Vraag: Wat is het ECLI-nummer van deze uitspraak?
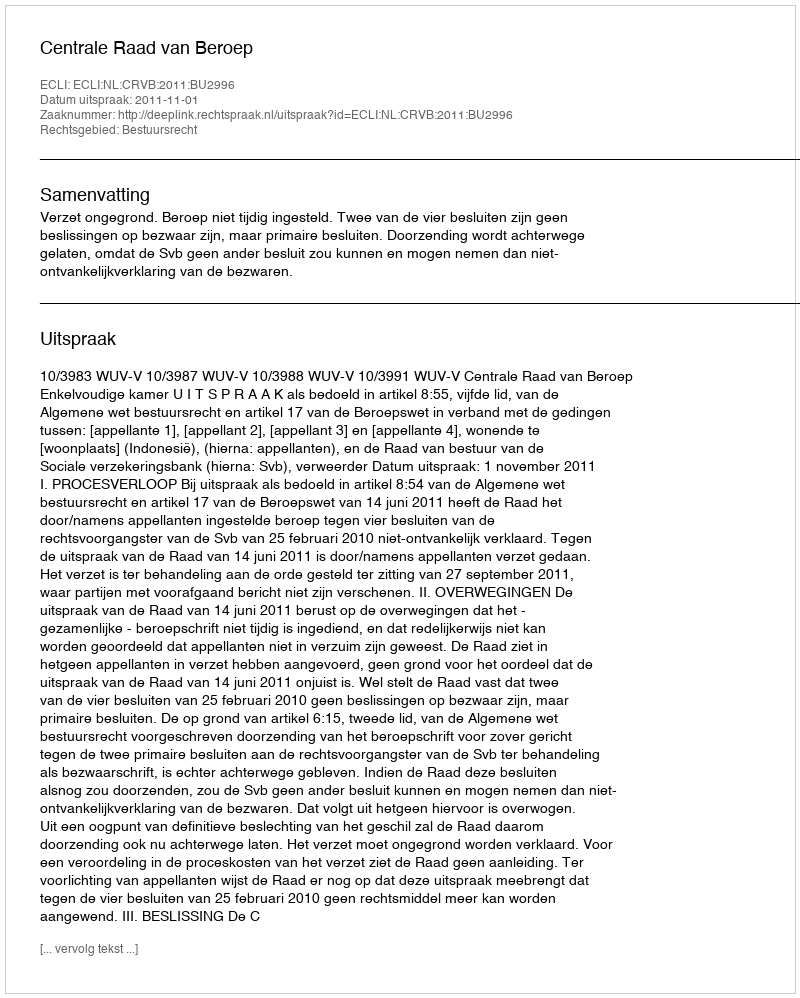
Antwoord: ECLI:NL:CRVB:2011:BU2996